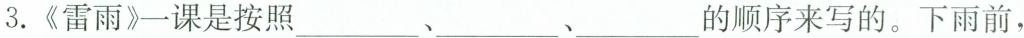
3.《雷雨》课是按照___、____、____的顺序来写的。下雨前，